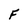
Character: F